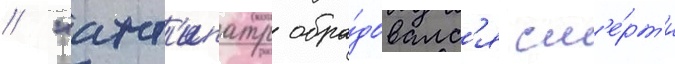
/ "ант'ипатр обра́довалс'я см'е́рт'и